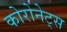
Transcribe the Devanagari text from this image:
कोरोनेट्स